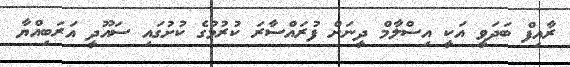
ރާއިފް ބަދަވީ އަކީ އިސްލާމް ދީނަށް ފުރައްސާރަ ކުރުމުގެ ކުށުގައި ސައޫދީ އަރަބިއްޔާ